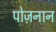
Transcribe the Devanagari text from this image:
पोज़नान